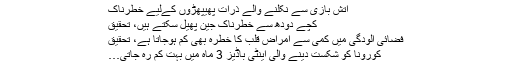
آتش بازی سے نکلنے والے ذرات پھیپھڑوں کےلیے خطرناک
کچے دودھ سے خطرناک جین پھیل سکتے ہیں، تحقیق
فضائی آلودگی میں کمی سے امراضِ قلب کا خطرہ بھی کم ہوجاتا ہے، تحقیق
کورونا کو شکست دینے والی اینٹی باڈیز 3 ماہ میں بہت کم رہ جاتی…